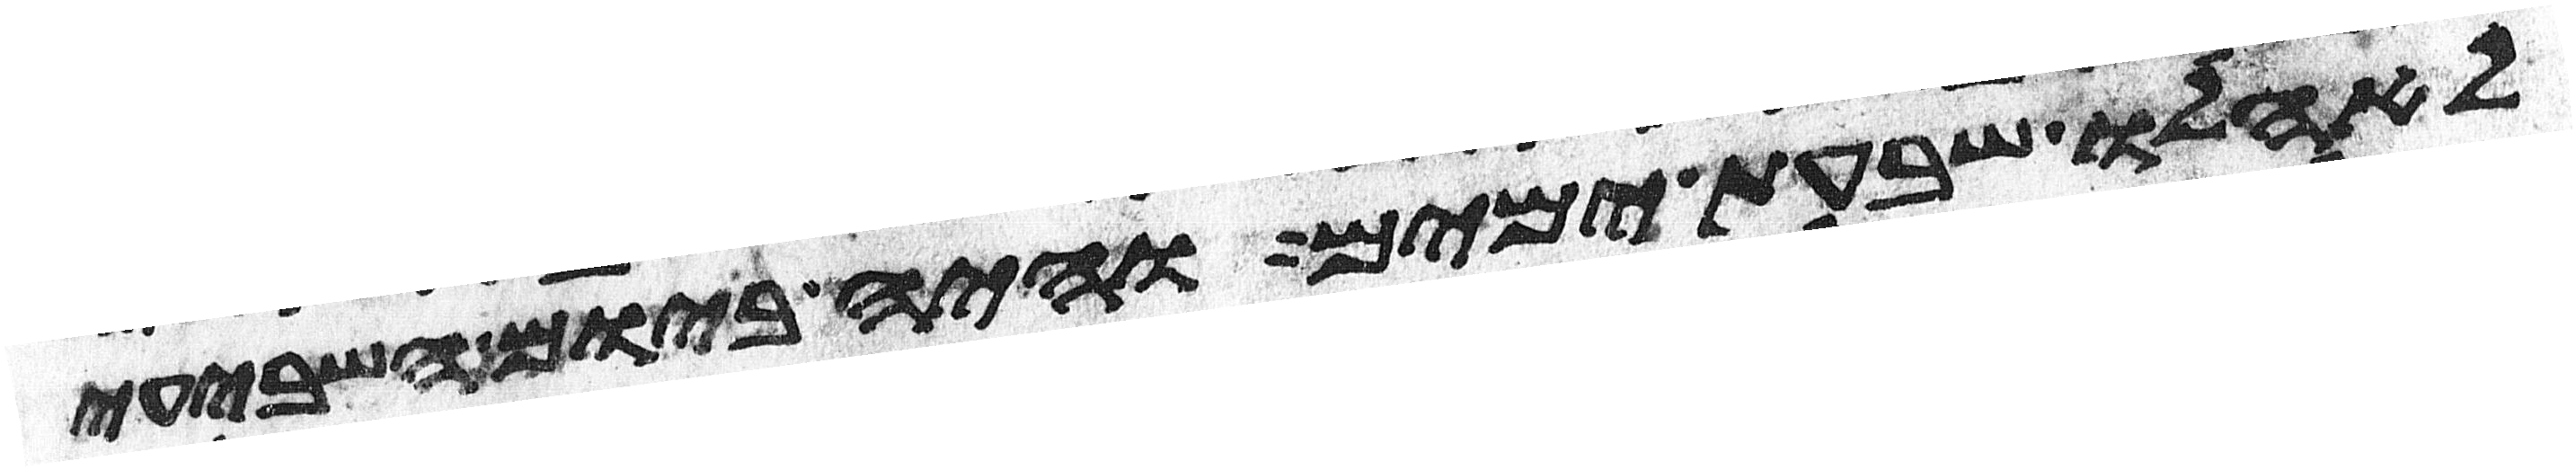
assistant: לאהלו שבעת ימים והיה ביום השביעי